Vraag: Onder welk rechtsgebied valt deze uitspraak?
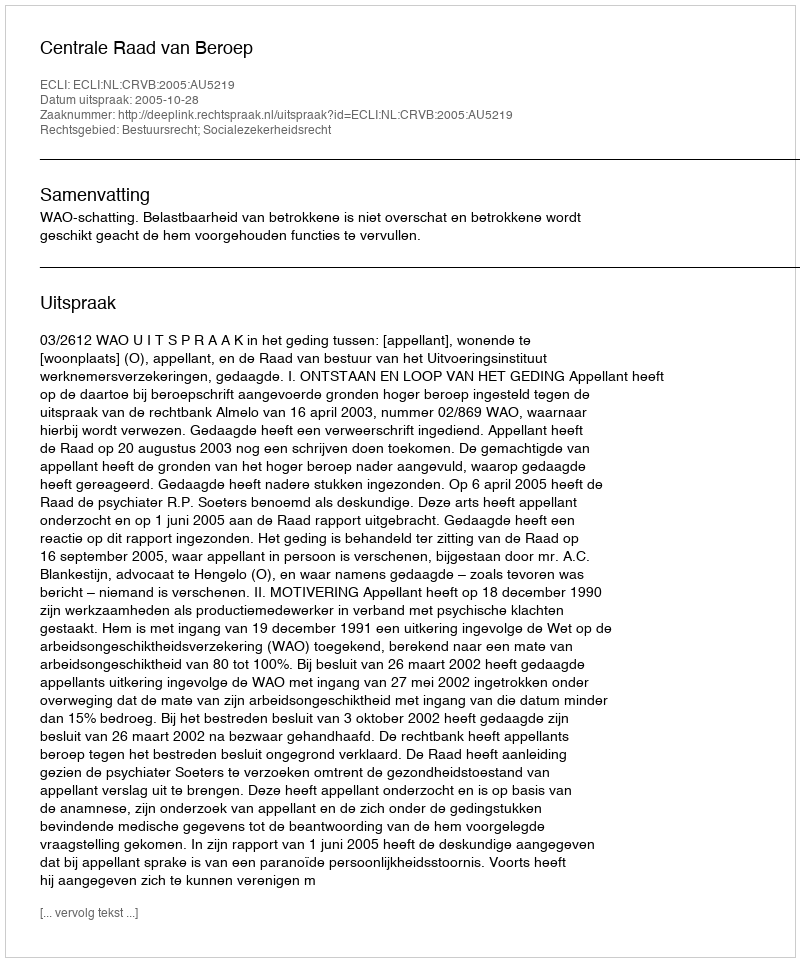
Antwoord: Bestuursrecht; Socialezekerheidsrecht